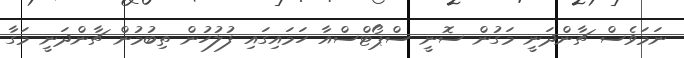
ނަމަވެސް ޗާންދަނީ މަގުން ސޮނީ ސްޕޯޓްސްއާ ހަމައިގައި ފުލުހުން ތިބުމުން ޗާންދަނީ މަގާ